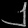
Digit: ၂